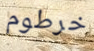
خرطوم